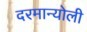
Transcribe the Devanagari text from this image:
दरमान्योली